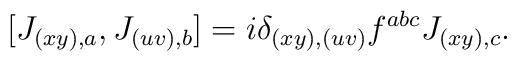
[ J_{(xy), a}, J_{(uv), b} ] = i \delta_{(xy),(uv)} f^{abc} J_{(xy), c}.